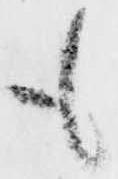
も